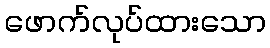
ဖောက်လုပ်ထားသော